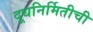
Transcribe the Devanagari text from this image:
दूधनिर्मितीची